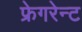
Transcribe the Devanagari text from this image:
फ्रेगरेन्ट